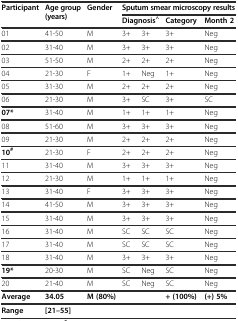
| <ROWSPAN=2> Participant | <ROWSPAN=2> Age group (years) | <ROWSPAN=2> Gender | <COLSPAN=4> Sputum smear microscopy results |
 | <COLSPAN=2> Diagnosis^ | Category | Month 2 |
 | --- | --- | --- | --- | --- | --- | --- |
 | 01 | 41-50 | M | 3+ | 3+ | 3+ | Neg |
 | 02 | 31-40 | M | 3+ | 3+ | 3+ | Neg |
 | 03 | 51-50 | M | 2+ | 2+ | 2+ | Neg |
 | 04 | 21-30 | F | 1+ | Neg | 1+ | Neg |
 | 05 | 31-30 | M | 2+ | 2+ | 2+ | Neg |
 | 06 | 21-30 | M | 3+ | SC | 3+ | SC |
 | 07* | 31-40 | M | 1+ | 1+ | 1+ | Neg |
 | 08 | 51-60 | M | 3+ | 3+ | 3+ | Neg |
 | 09 | 21-30 | M | 2+ | 2+ | 2+ | Neg |
 | 10# | 21-30 | F | 2+ | 2+ | 2+ | Neg |
 | 11 | 31-40 | M | 3+ | 3+ | 3+ | Neg |
 | 12 | 21-30 | M | 1+ | 1+ | 1+ | Neg |
 | 13 | 31-40 | F | 3+ | 3+ | 3+ | Neg |
 | 14 | 41-50 | M | 3+ | 3+ | 3+ | Neg |
 | 15 | 31-40 | M | 3+ | 3+ | 3+ | Neg |
 | 16 | 31-40 | M | SC | SC | SC | Neg |
 | 17 | 31-40 | M | SC | SC | SC | Neg |
 | 18 | 31-40 | M | 3+ | 3+ | 3+ | Neg |
 | 19* | 20-30 | M | SC | Neg | SC | Neg |
 | 20 | 21-40 | M | SC | Neg | SC | Neg |
 | Average | 34.05 | M (80%) |  |  | + (100%) | (+) 5% |
 | Range | [21–55] |  |  |  |  |  |